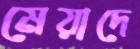
মেয়াদে